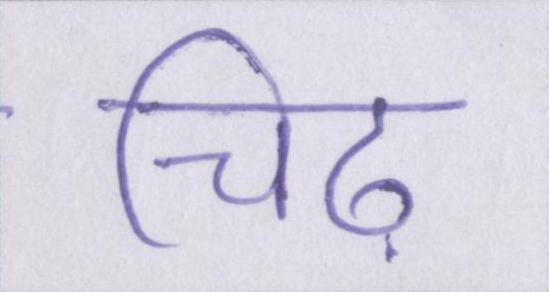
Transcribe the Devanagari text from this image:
चिढ़